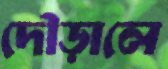
দৌড়ালে